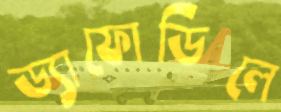
ড্যাফোডিলে